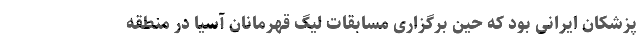
پزشکان ایرانی بود که حین برگزاری مسابقات لیگ قهرمانان آسیا در منطقه